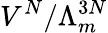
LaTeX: V^{N}/\Lambda_{m}^{3N}